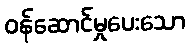
ဝန်ဆောင်မှုပေးသော